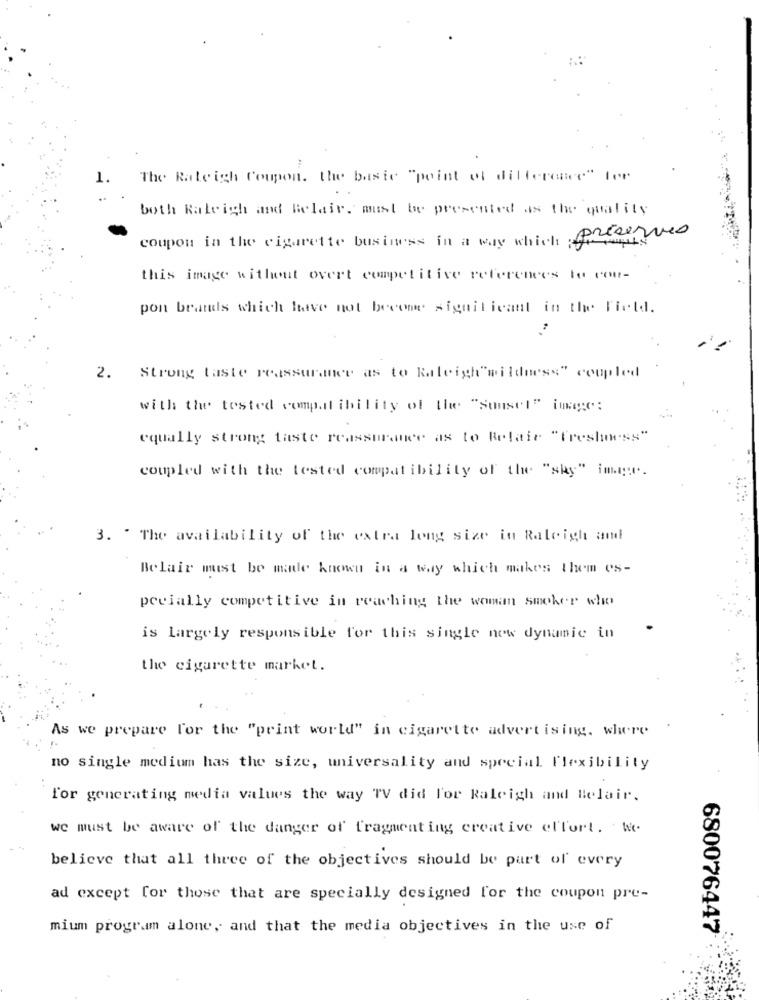
The Rateigh Coupon. the basic "point of difference" for
both Raleigh and Belair. must be presented as the quality
coupon in the cigarette business in a way which fifa
this image without overt competitive references to cou-
pon brands which have not become significant in the Field.
2.
Strong taste reassurance as to Raleigh"wildness" coupled
with the tested compatibility of thee "Sunset" image:
equally strong taste reassurance as to Belair "freshness"
coupled with the tested compatibility of the "sky" image.
3. " The availability of the extra long size in Raleigh and
Belair must be made known in a way which makes them es-
preially competitive in reaching the woman smoker who
is largely responsible for this single new dynamic in
the cigarette market.
As we prepare for the "print world" in cigarette advertising, where
no single medium has the size, universality and special flexibility
for generating media values the way TV did For Raleigh and Belair.
we must be aware of the danger of fragmenting creative effort. t.
believe that all three of the objectives should be part of every
ad except for those that are specially designed for the coupon pre-
mium program alone, and that the media objectives in the use of
680076447